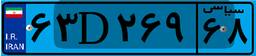
۵۶D۰۸۲۶۴